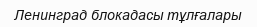
Ленинград блокадасы тұлғалары